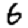
Digit: 6